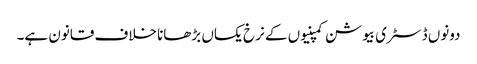
دونوں ڈسٹری بیوشن کمپنیوں کے نرخ یکساں بڑھانا خلاف قانون ہے۔